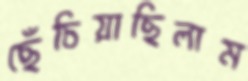
ছেঁচিয়াছিলাম